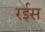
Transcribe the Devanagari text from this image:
रर्इस